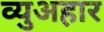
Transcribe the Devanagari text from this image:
व्युअहार